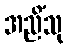
အညိံသု